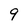
Character: 9